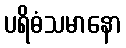
ပရိဓံသမာနော